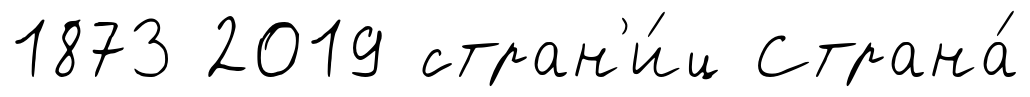
1873 2019 стран'и́ц Страна́